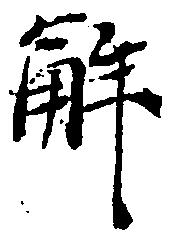
解